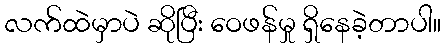
လက်ထဲမှာပဲ ဆိုပြီး ဝေဖန်မှု ရှိနေခဲ့တာပါ။